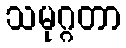
သမုဂ္ဂတာ